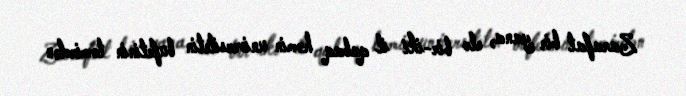
Zarafat bir yana, elə bir-iki il qabaq həmin universitetin bufetinin təmirdən